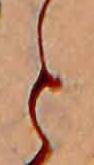
と